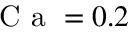
\mathrm { ~ C ~ a ~ } = 0 . 2